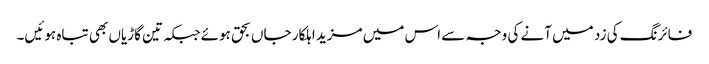
فائرنگ کی زد میں آنے کی وجہ سے اس میں مزید اہلکار جاں بحق ہوئےجبکہ تین گاڑیاں بھی تباہ ہوئیں۔